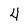
Character: 4